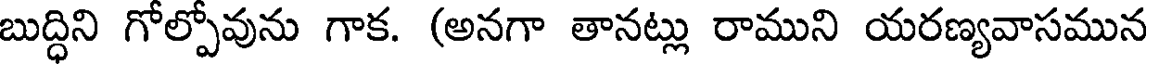
బుద్ధిని గోల్పోవును గాక. (అనగా తానట్లు రాముని యరణ్యవాసమున